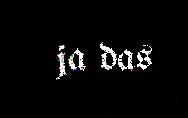
ja das